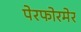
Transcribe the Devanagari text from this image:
पेरफोरमेर